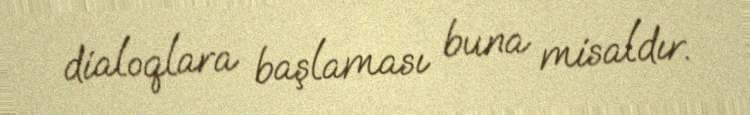
dialoqlara başlaması buna misaldır.